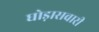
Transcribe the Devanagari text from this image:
घोड़ासवारी